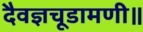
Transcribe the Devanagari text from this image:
दैवज्ञचूडामणी॥